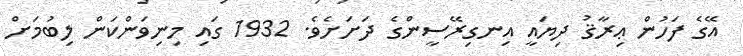
އޭގެ ފަހުން ޢިރާޤު ދިޔައީ އިނގިރޭސީންގެ ދަށަށެވެ. 1932 ގައި މިނިވަންކަން ލިބުމަށް